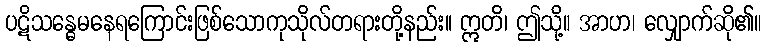
ပဋိသန္ဓေမနေရကြောင်းဖြစ်သောကုသိုလ်တရားတို့နည်း။ ဣတိ၊ ဤသို့။ အာဟ၊ လျှောက်ဆို၏။